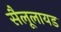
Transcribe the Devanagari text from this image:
सैलूलायड